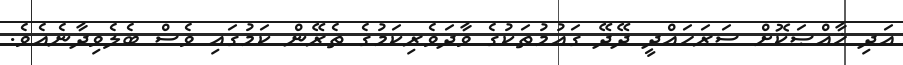
އަދި ޚާއްޞަކޮށް ސަރަހައްދީ ދޭދޭ ގައުމުތަކުގެ ވާދަވެރިކަމުގެ ތެރޭން ކަމުގައި ވެސް ބެލެވިދާނެއެވެ.